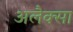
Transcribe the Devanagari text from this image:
अलैक्सा